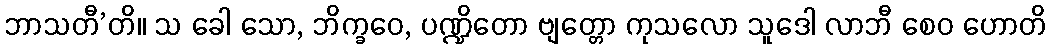
ဘာသတီ’တိ။ သ ခေါ သော, ဘိက္ခဝေ, ပဏ္ဍိတော ဗျတ္တော ကုသလော သူဒေါ လာဘီ စေဝ ဟောတိ